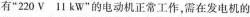
有”220V 11kW”的电动机正常工作，需在发电机的